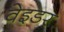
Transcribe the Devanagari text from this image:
वेइडर